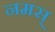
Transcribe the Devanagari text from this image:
नमस्